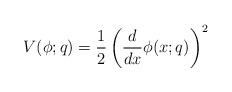
LaTeX: \begin{align*} V(\phi;q)=\frac 12\left(\frac{d}{dx}\phi(x;q)\right)^2\end{align*}